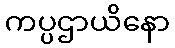
ကပ္ပဌာယိနော